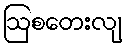
ဩစတေးလျ